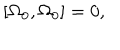
\left[ \Omega _ { 0 } , \Omega _ { 0 } \right] = 0 ,